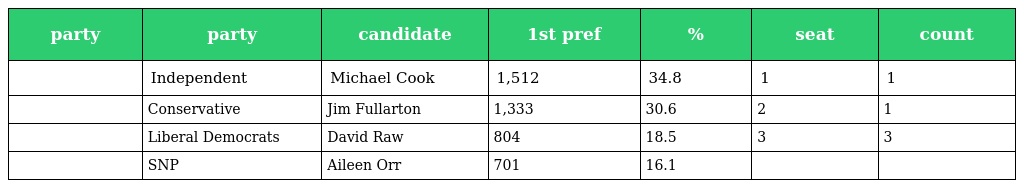
| party | party | candidate | 1st pref | % | seat | count |
 | --- | --- | --- | --- | --- | --- | --- |
 |  | Independent | Michael Cook | 1,512 | 34.8 | 1 | 1 |
 |  | Conservative | Jim Fullarton | 1,333 | 30.6 | 2 | 1 |
 |  | Liberal Democrats | David Raw | 804 | 18.5 | 3 | 3 |
 |  | SNP | Aileen Orr | 701 | 16.1 |  |  |